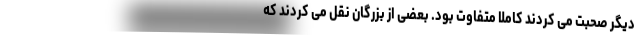
دیگر صحبت می کردند کاملا متفاوت بود. بعضی از بزرگان نقل می کردند که